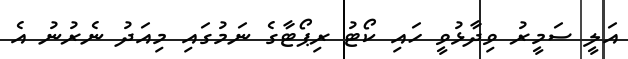
އަލީ ސަމީރު ވިދާޅުވީ ހައި ކޯޓު ރިޕޯޓާގެ ނަމުގައި މިއަދު ނެރުނު އެ